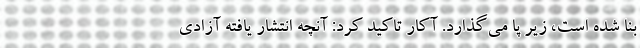
بنا شده است، زیر پا می‌گذارد. آکار تاکید کرد: آنچه انتشار یافته آزادی